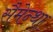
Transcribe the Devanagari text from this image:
सैमेन्था